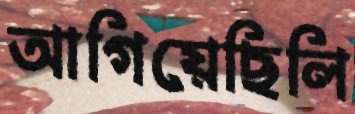
আগিয়েছিলি